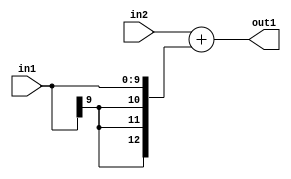
`timescale 1ps / 1ps
/*****************************************************************************
    Verilog RTL Description
    
    
    Created by: Stratus DpOpt 2019.1.01 
*******************************************************************************/

module DC_Filter_Add_11Ux10S_13S_1 (
	in2,
	in1,
	out1
	); /* architecture "behavioural" */ 
input [10:0] in2;
input [9:0] in1;
output [12:0] out1;
wire [12:0] asc001;

assign asc001 = 
	+(in2)
	+({{3{in1[9]}}, in1});

assign out1 = asc001;
endmodule

/* CADENCE  ubLyQwk= : u9/ySgnWtBlWxVPRXgAZ4Og= ** DO NOT EDIT THIS LINE ******/